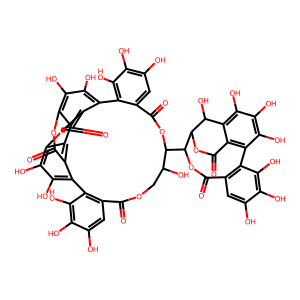
SMILES: O=C1OC(C2OC(=O)c3cc(O)c(O)c(O)c3-c3c(O)c(O)c4oc(=O)c5c(c(O)c(O)c6oc(=O)c3c4c65)-c3c(cc(O)c(O)c3O)C(=O)OCC2O)C2OC(=O)c3c(c(O)c(O)c(O)c3C2O)-c2c1cc(O)c(O)c2O
Inhibits HIV replication: Yes